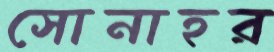
সোনাহর